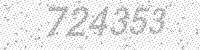
Solution: 724353